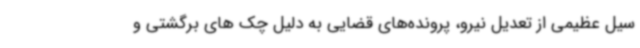
سیل عظیمی از تعدیل نیرو، پرونده‌های قضایی به دلیل چک های برگشتی و